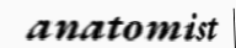
anatomist